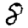
Digit: 8